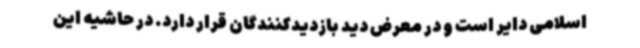
اسلامی دایر است و در معرض دید بازدیدکنندگان قرار دارد. در حاشیه این